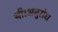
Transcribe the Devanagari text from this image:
थी।अनुरोध